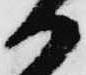
か